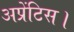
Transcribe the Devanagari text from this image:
अप्रेंटिस।